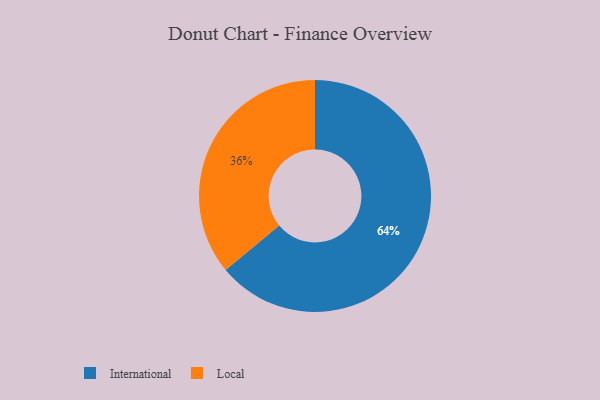
{"axis": {"x": "Category", "y": "Percentage"}, "legend": ["International", "Local"], "data": [{"x": "Local", "y": 36, "type": "Local"}, {"x": "International", "y": 64, "type": "International"}]}